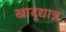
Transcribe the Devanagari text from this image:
खाद्द्यान्न